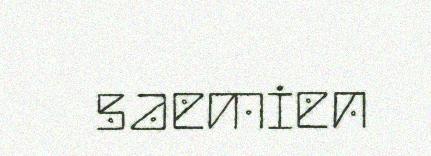
saemien